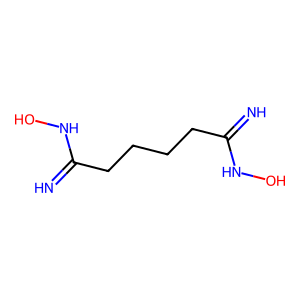
SMILES: N=C(CCCCC(=N)NO)NO
Inhibits HIV replication: No